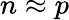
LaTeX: n\approx p